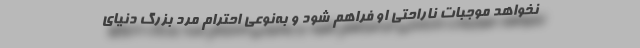
نخواهد موجبات ناراحتی او فراهم شود و به‌نوعی احترام مرد بزرگ دنیای